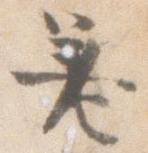
差